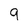
Character: 9